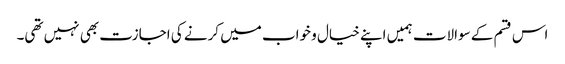
اس قسم کے سوالات ہمیں اپنے خیال و خواب میں کرنے کی اجازت بھی نہیں تھی۔